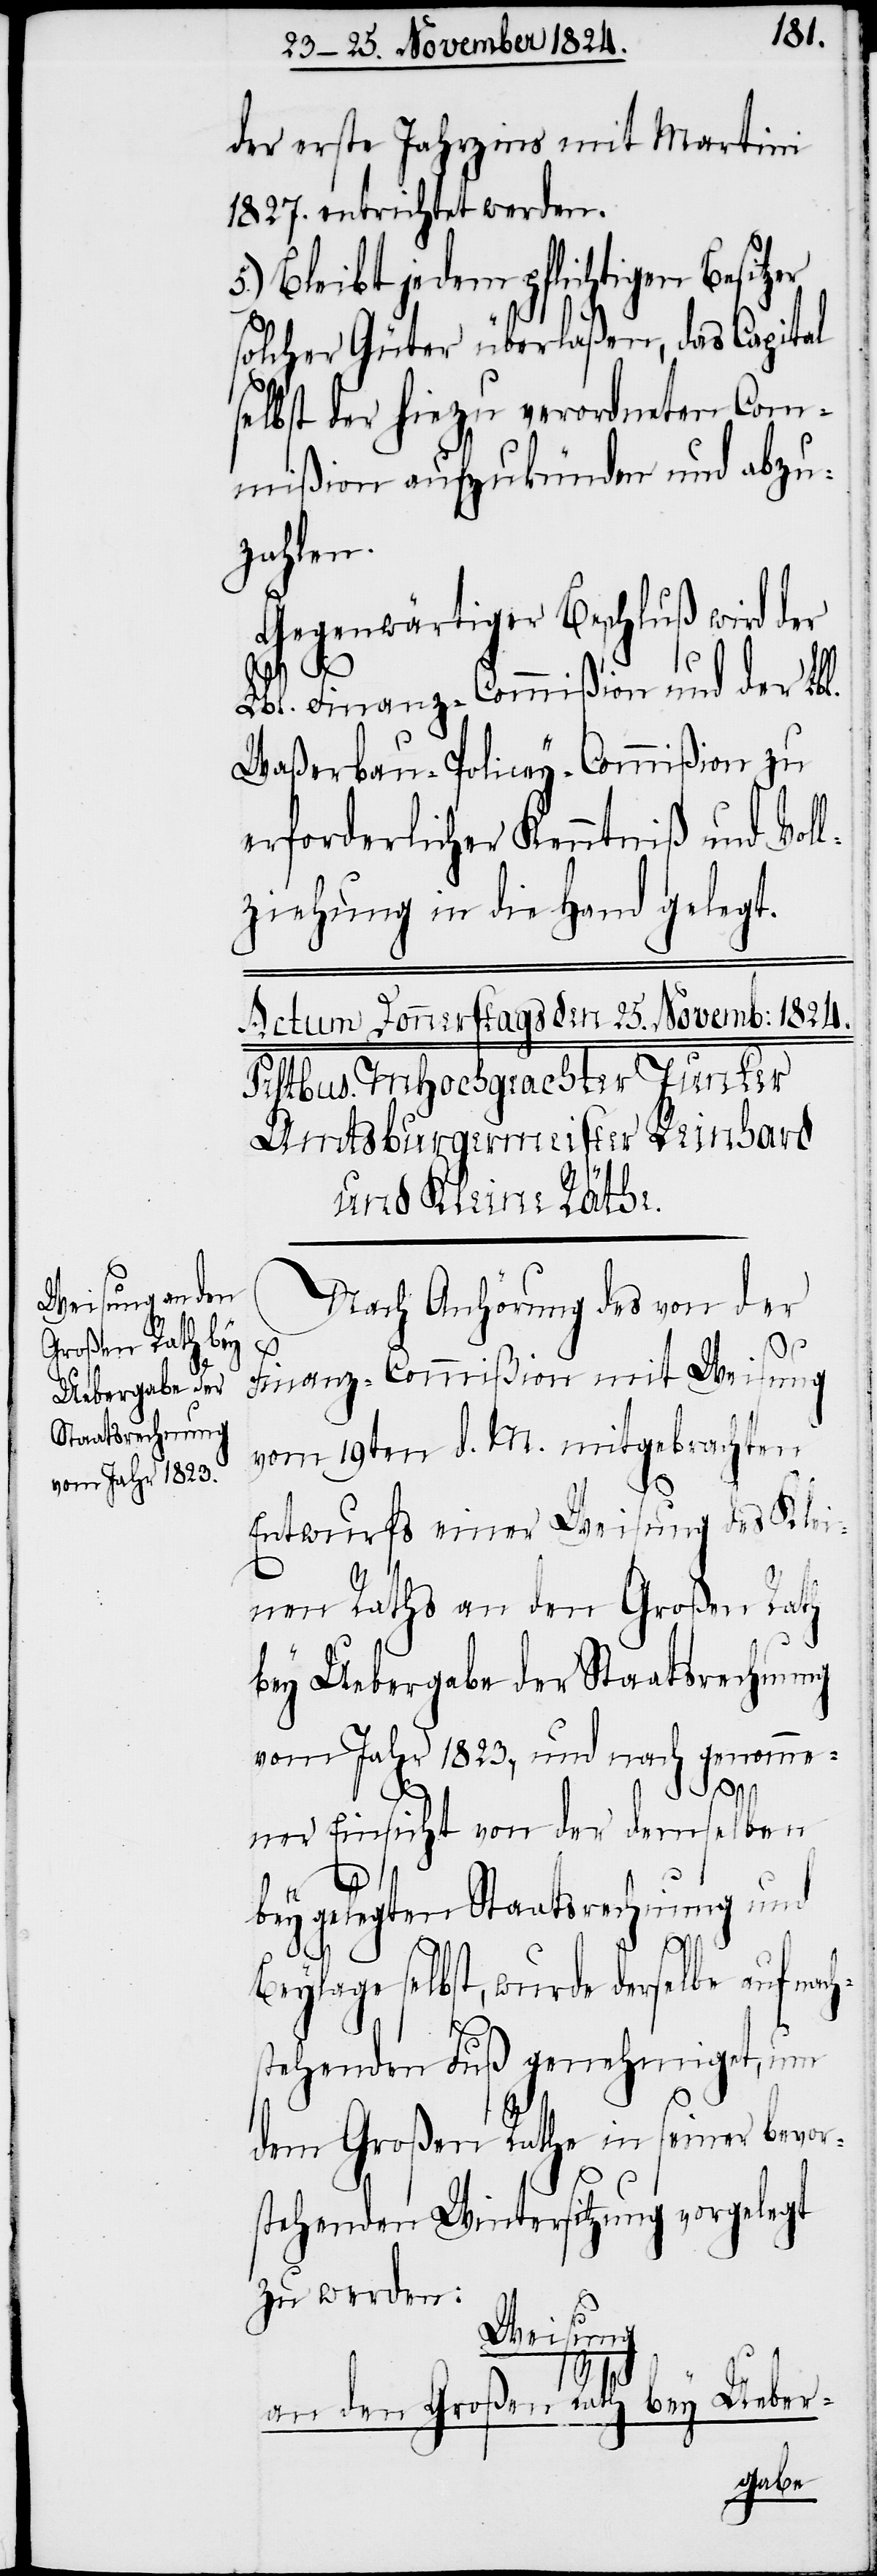
großen Rath bey

der erste Jahrzins mit Martini
1827. entrichtet werden.
Bleibt jedem pflichtigen Besi¬
solcher Güter überlaßen, das Capital
selbst der hiezu verordneten Com¬
mißion aufzukünden und abzu¬
zahlen.
Gegenwärtiger Beschluß wird der
den
Lbl. Finanz-Commißion und der Lbl.
Waßerbau-Policey-Commißion zu
erforderlicher Kenntniß und Voll¬
ziehung in die Hand gelegt.
an
Nach Anhörung des von der
Finanz-Commißion mit Weisung
vom 19ten d. M. mitgebrachten
Entwurfs einer Weisung des Klei¬
nen Raths an den Großen Rath
bey Uebergabe der Staatsrechnung
vom Jahr 1823, und nach genomme¬
ner Einsicht von der demselben
beygelegten Staatsrechnung und
Beylage selbst, wurde derselbe auf nac¬
stehenden Fuß genehmigt, um
tzer
dem Großen Rathe in seiner bevor¬
stehenden Wintersitzung vorgelegt
zu werden:
Weisung
h¬
Ueber-